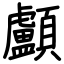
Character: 顱